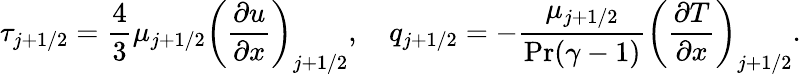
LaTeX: \tau_{j+1/2}=\frac{4}{3}\mu_{j+1/2}\left(\frac{\partial u}{\partial x}\right)_{j+1/2},\quad q_{j+1/2}=-\frac{\mu_{j+1/2}}{\operatorname*{Pr}(\gamma-1)}\left(\frac{\partial T}{\partial x}\right)_{j+1/2}.